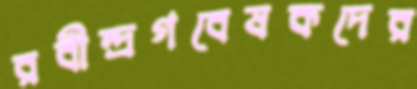
রবীন্দ্রগবেষকদের